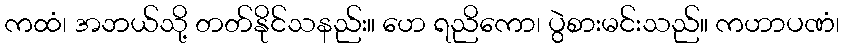
ကထံ၊ အဘယ်သို့ တတ်နိုင်သနည်း။ ဟေ ရညိကော၊ ပွဲစားမင်းသည်။ ကဟာပဏံ၊